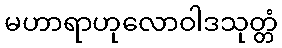
မဟာရာဟုလောဝါဒသုတ္တံ